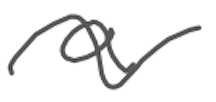
Text: a
Cross-out: wave
Writing tool: digital_gray